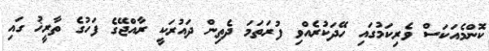
ކޮންމެއަކަސް ވެރިކަމުގައި ހޭދަކުރެއްވި ފުރަތަމަ ދެތިން ދައުރަކީ ރާއްޖޭގެ ފަހުގެ ތާރީޚު ގައި